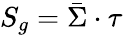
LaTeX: S_{g}=\bar{\Sigma}\cdot\tau